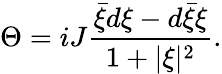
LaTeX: \Theta=iJ\frac{{\bar{\xi}}d\xi-d{\bar{\xi}}\xi}{1+\vert\xi\vert^{2}}.